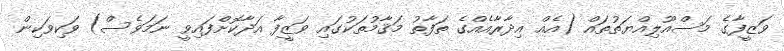
ވަޒީފާގެ މަސްއޫލިއްޔަތުތައް (އެއް އިދާރާއެއްގެ ތަފާތު މަޤާމުތަކުގައި ވަޒީފާ އަދާކޮށްފައިވީ ނަމަވެސް) ވަކިވަކިން